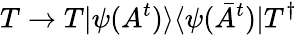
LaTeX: T\rightarrow T|\psi(A^{t})\rangle\langle\psi(\bar{A}^{t})|T^{\dagger}